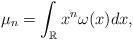
LaTeX: \begin{align*}\mu_n=\int_{\mathbb{R}}x^n \omega(x)dx,\end{align*}